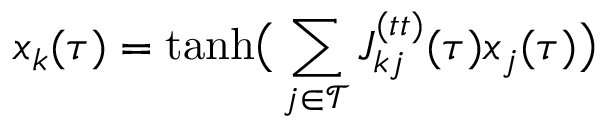
x _ { k } ( \tau ) = \mathrm { t a n h } \big ( \sum _ { j \in \mathcal { T } } J _ { k j } ^ { ( t t ) } ( \tau ) x _ { j } ( \tau ) \big )